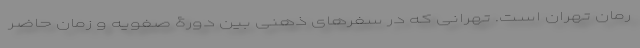
رمان تهران است. تهرانی که در سفرهای ذهنی بین دورۀ صفویه و زمان حاضر